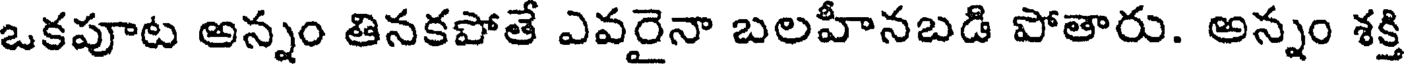
ఒకపూట అన్నం తినకపోతే ఎవరైనా బలహీనబడి పోతారు. అన్నం శక్తి